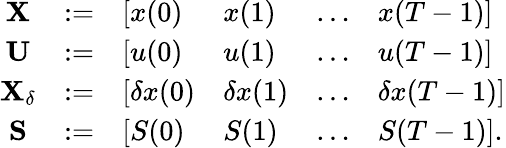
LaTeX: \begin{array}{r}{\begin{array}{ccllll}{\mathbf{X}}&{:=}&{[x(0)}&{x(1)}&{\ldots}&{x(T-1)]}\\ {\mathbf{U}}&{:=}&{[u(0)}&{u(1)}&{\ldots}&{u(T-1)]}\\ {\mathbf{X}_{\delta}}&{:=}&{[\delta x(0)}&{\delta x(1)}&{\ldots}&{\delta x(T-1)]}\\ {\mathbf{S}}&{:=}&{[S(0)}&{S(1)}&{\ldots}&{S(T-1)].}\end{array}}\end{array}